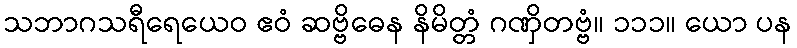
သဘာဂသရီရေယေဝ ဧဝံ ဆဗ္ဗိဓေန နိမိတ္တံ ဂဏှိတဗ္ဗံ။ ၁၁၁။ ယော ပန